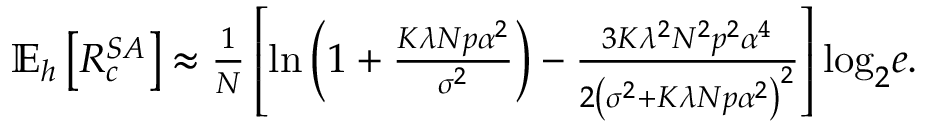
\begin{array} { r l } & { \mathbb { E } _ { \boldsymbol { h } } \left[ R _ { c } ^ { S A } \right] \approx \frac { 1 } { N } \left[ \mathrm { l n } \left( 1 + \frac { K \lambda N p \alpha ^ { 2 } } { \sigma ^ { 2 } } \right) - \frac { 3 K \lambda ^ { 2 } N ^ { 2 } p ^ { 2 } \alpha ^ { 4 } } { 2 \left( \sigma ^ { 2 } + K \lambda N p \alpha ^ { 2 } \right) ^ { 2 } } \right] \mathrm { l o g } _ { 2 } e . } \end{array}